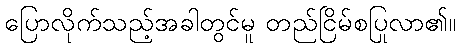
ပြောလိုက်သည့်အခါတွင်မူ တည်ငြိမ်စပြုလာ၏။